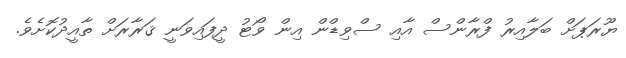
ޔޫރަޕަށް ބަލާއިރު ފްރާންސް އާއި ސްވިޑްން އިން ވޯޓު ދީފައިވަނީ ޤަރާރަށް ތާއީދުކޮށެވެ.